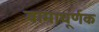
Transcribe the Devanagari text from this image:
वामाघूर्णक